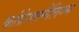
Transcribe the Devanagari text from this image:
कांग्रेगशनैलिज्म